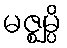
မဇ္ဈမ္ပိ